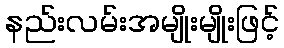
နည်းလမ်းအမျိုးမျိုးဖြင့်